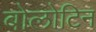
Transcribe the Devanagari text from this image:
बोलोटिन